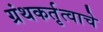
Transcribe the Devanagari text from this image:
ग्रंथकर्तृत्वाचे